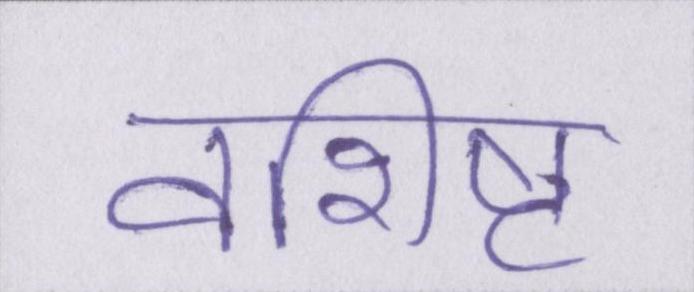
वशिष्ट